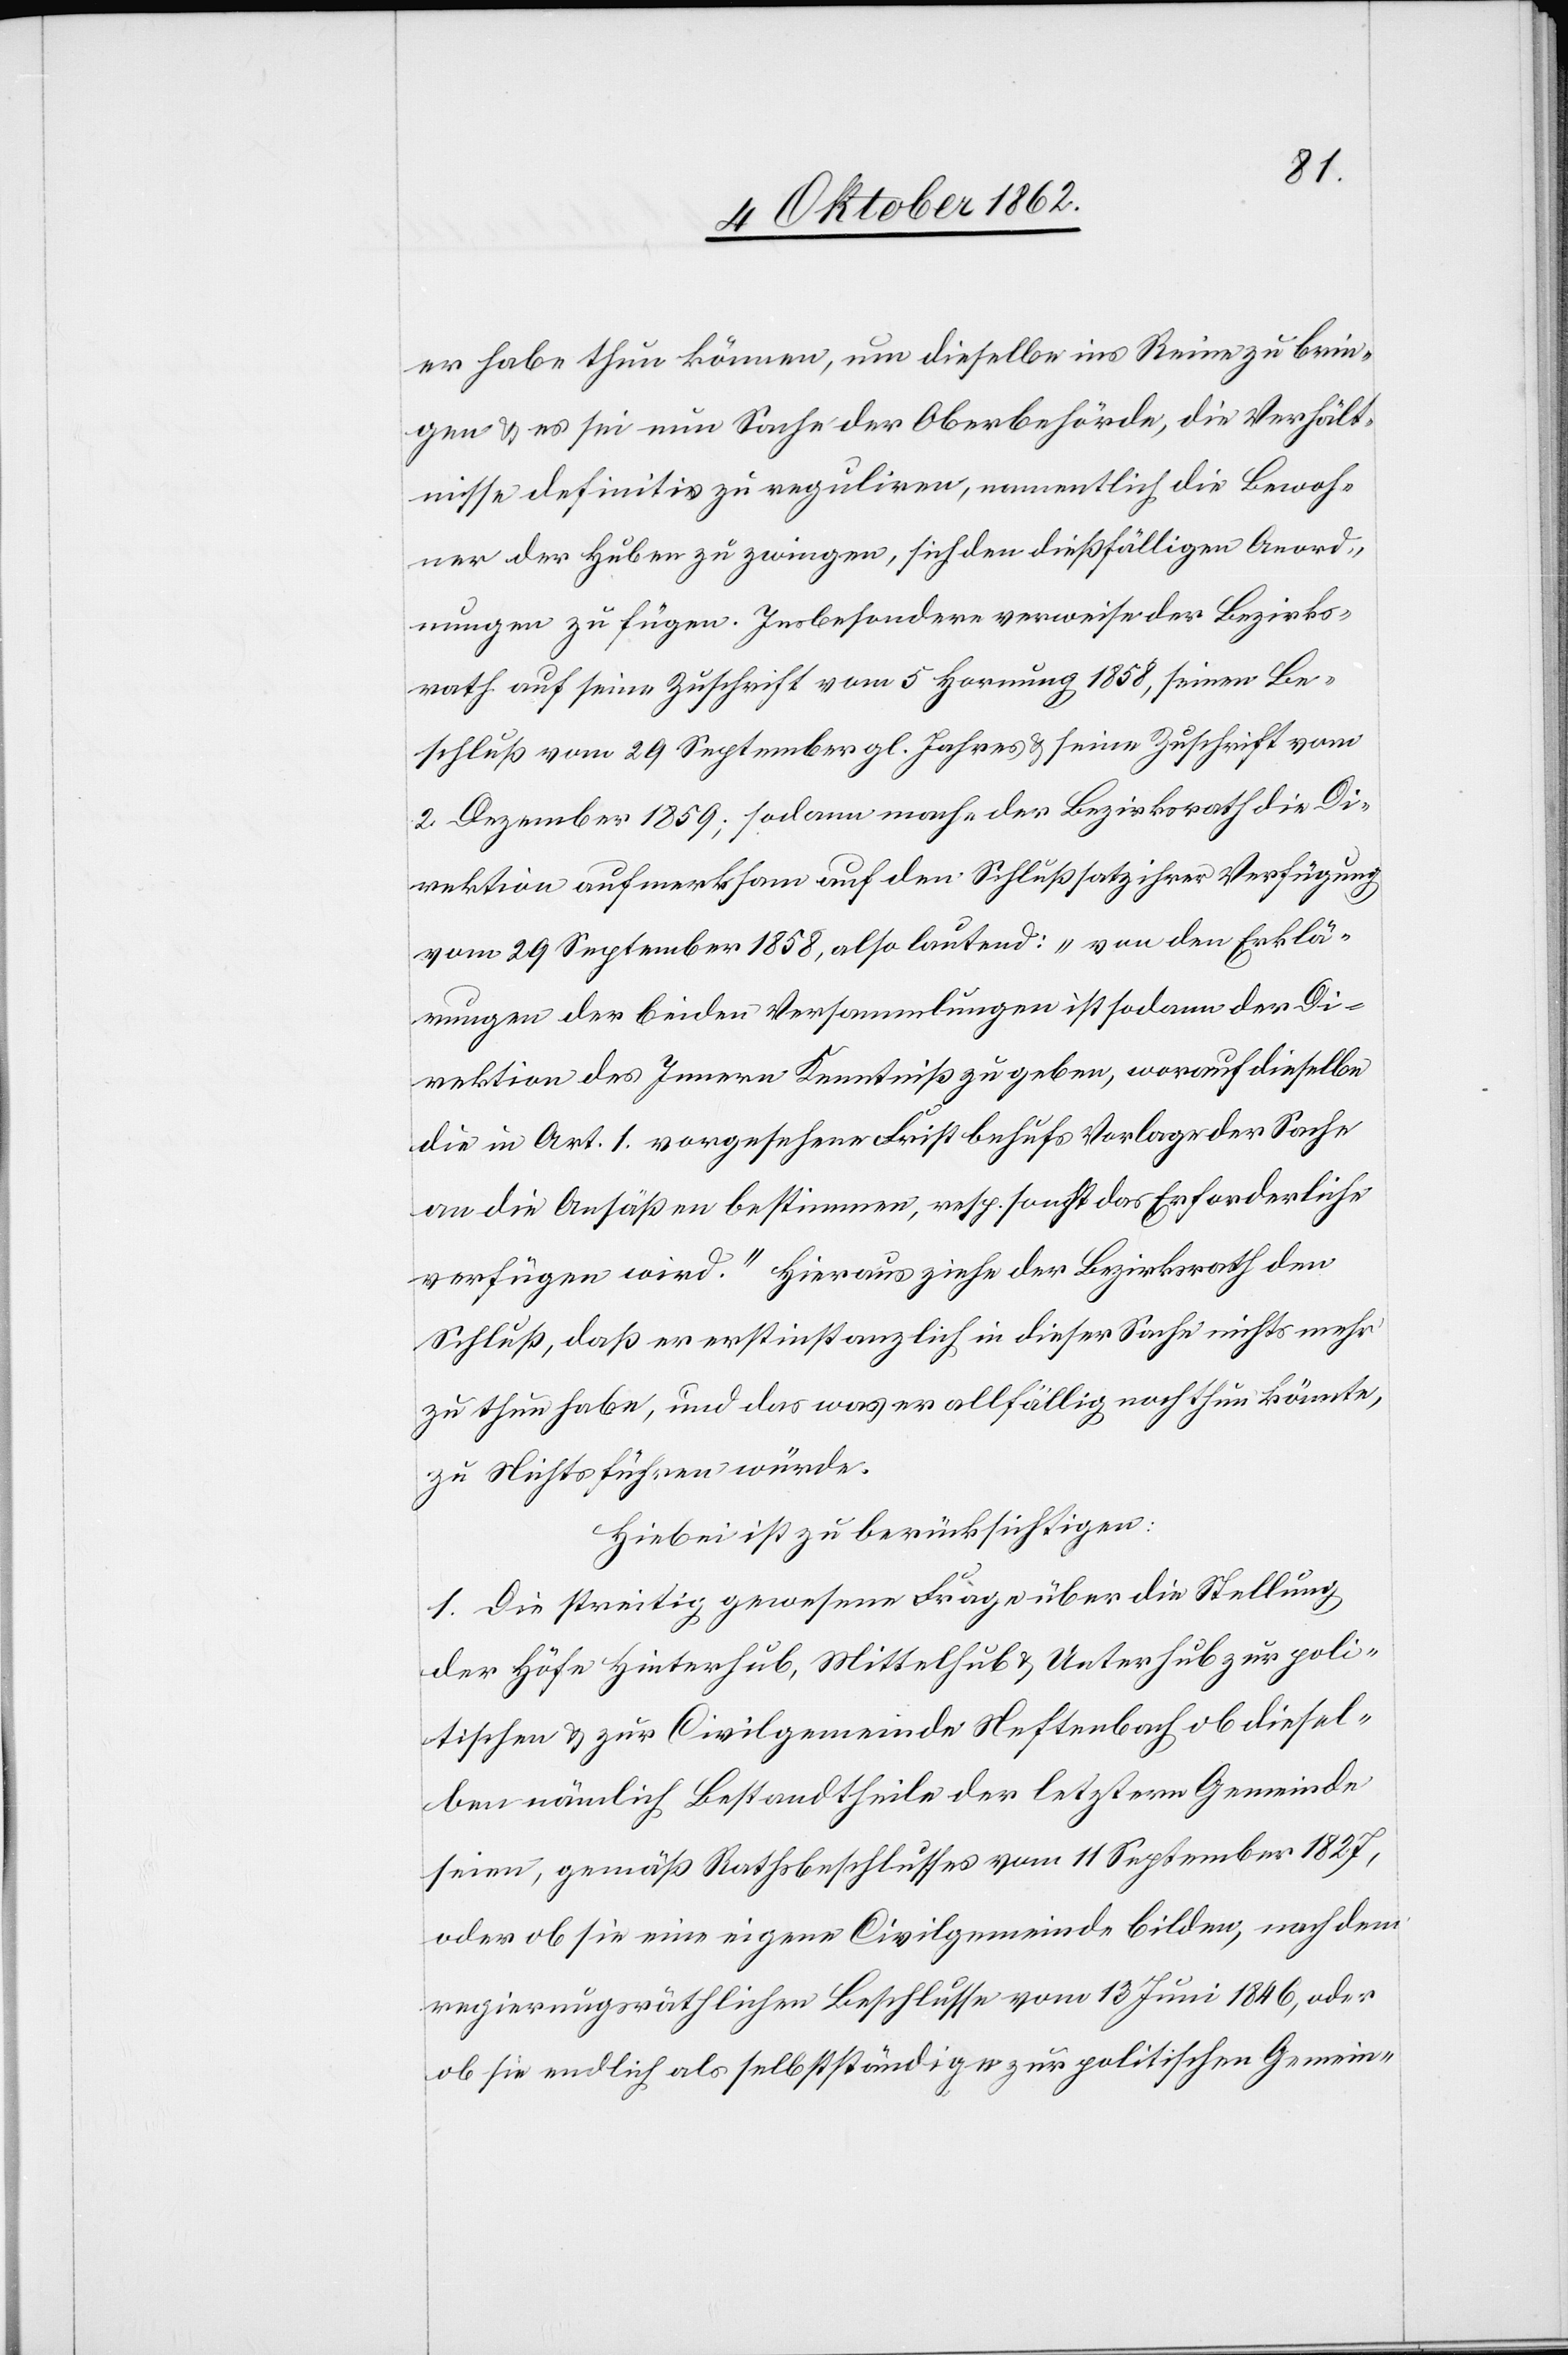
er habe thun können, um dieselbe ins Reine zu brin¬
gen u. es sei nun Sache der Oberbehörde, die Verhält¬
nisse definitiv zu reguliren, namentlich die Bewoh¬
ner des Huben zu zwingen, sich dießfälligen Anord¬
nungen zu fügen. Insbesondere verweise der Bezirks¬
rath auf seine Zuschrift vom 5. Hornung 1858, seinen Be¬
schluß vom 29. September gl. Jahres u. seine Zuschrift vom
2. Dezember 1859; sodann mache der Bezirksrath die Di¬
rektion aufmerksam auf den Schlußsatz ihrer Verfügung
vom 29. September 1858, also lautend: „von den Erklä¬
rungen der beiden Versammlungen ist sodann der Di¬
rektion des Innern Kenntniß zu geben, worauf dieselbe
die in Art. 1 vorgesehene Frist behufs Verlage der Sache
an die Ansäßen bestimmen, resp. sonst das Erforderliche
verfügen wird.“ Hieraus ziehe der Bezirksrath den
Schluß, daß er erstinstanzlich in dieser Sache nichts mehr
zu thun habe, und das was er allfällig noch thun könnte,
zu Nichts führen würde.
Hiebei ist zu berücksichtigen:
1. Die streitig gewesene Frage über die Stellung
der Höfe Hinterhub, Mittelhub u. Unterhub zur poli¬
tischen u. zur Civilgemeinde Neftenbach ob diesel¬
be nämlich Bestandtheile der letztern Gemeinde
seien, gemäß Rathsbeschlusses vom 11. September 1827,
oder ob sie eine eigene Civilgemeinde bilden, nach dem
regierungsräthlichen Beschlusse vom 13. Juni 1846, oder
ob sie endlich als selbstständige zur politischen Gemein-